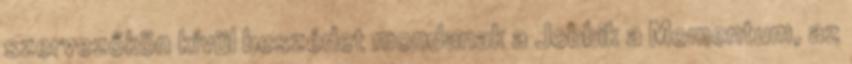
szervezőkön kívül beszédet mondanak a Jobbik a Momentum, az